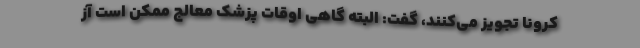
کرونا تجویز می‌کنند، گفت: البته گاهی اوقات پزشک معالج ممکن است آز